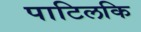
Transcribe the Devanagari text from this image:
पाटिलकि